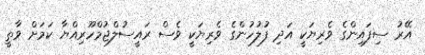
އޭރު ސިފައިންގެ ވެރިޔަކީ އަދި ފުލުހުންގެ ވެރިޔަކީ ވެސް ރައީސުލްޖުމްހޫރިއްޔާ ކަމަށް ވާތީ